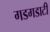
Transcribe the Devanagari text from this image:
गडगडाटी